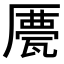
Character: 𠪹